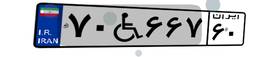
۷۰W۶۶۷۶۰